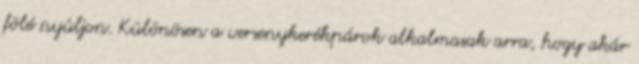
fölé nyúljon. Különösen a versenykerékpárok alkalmasak arra, hogy akár